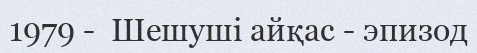
1979 -  Шешуші айқас - эпизод